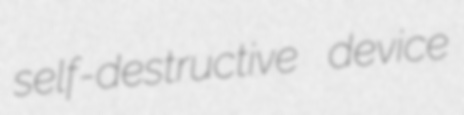
self-destructive device